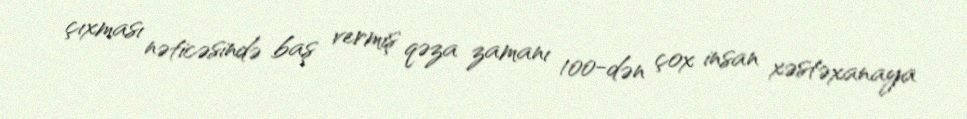
çıxması nəticəsində baş vermiş qəza zamanı 100-dən çox insan xəstəxanaya